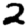
Digit: 2